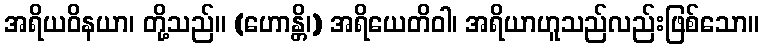
အရိယဝိနယာ၊ တို့သည်။ (ဟောန္တိ၊) အရိယေတိဝါ၊ အရိယာဟူသည်လည်းဖြစ်သော။